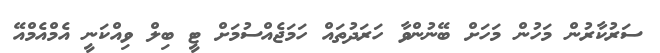
ސަރުކާރުން މަހުން މަހަށް ބޭނުންވާ ހަރަދުތައް ހަމަޖެއްސުމަށް ޓީ ބިލް ވިއްކަނީ އެމްއެމްއޭ